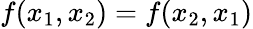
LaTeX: f(x_{1},x_{2})=f(x_{2},x_{1})